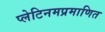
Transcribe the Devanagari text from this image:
प्लेटिनमप्रमाणित